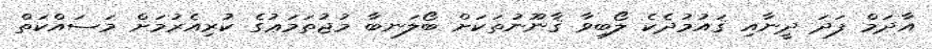
އާދަމް ފަދަ ދީނާއި ޤައުމުދެކެ ލޯބިވާ ޤާނޫނުތަކަށް ބޯލަނބާ މުޖުތަމަޢުގެ ކުރިއެރުމަށް މަސައްކަތް